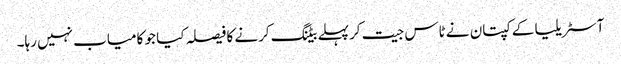
آسٹریلیا کے کپتان نے ٹاس جیت کرپہلے بیٹنگ کرنے کا فیصلہ کیا جو کامیاب نہیں رہا۔